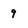
Character: 9